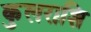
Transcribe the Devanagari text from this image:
कुलराशि